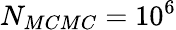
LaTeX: N_{MCMC}=10^{6}